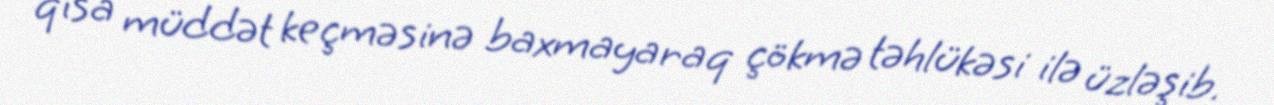
qısa müddət keçməsinə baxmayaraq çökmə təhlükəsi ilə üzləşib.